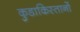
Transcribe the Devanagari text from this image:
कुडाकिस्तानों